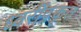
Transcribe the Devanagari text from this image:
ध्वरींद्रकृत